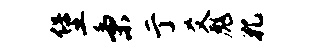
堡秉亍爻彪孔